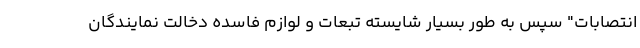
انتصابات" سپس به طور بسیار شایسته تبعات و لوازم فاسده دخالت نمایندگان